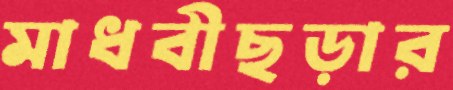
মাধবীছড়ার